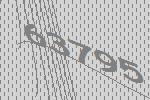
63795